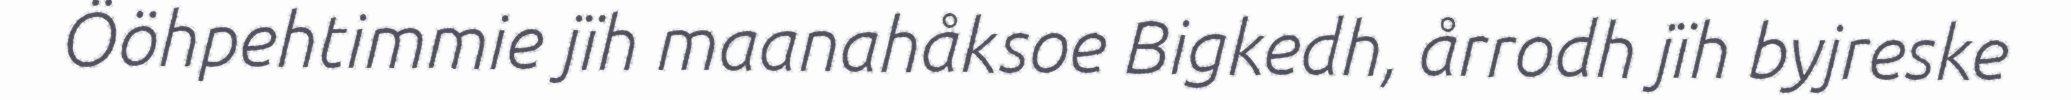
Ööhpehtimmie jïh maanahåksoe Bigkedh, årrodh jïh byjreske